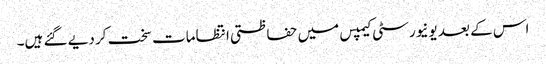
اس کے بعد یونیورسٹی کیمپس میں حفاظتی انتظامات سخت کر دیے گئے ہیں۔